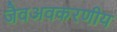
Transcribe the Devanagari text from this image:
जैवअवकरणीय